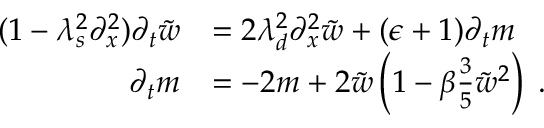
\begin{array} { r l } { ( 1 - \lambda _ { s } ^ { 2 } \partial _ { x } ^ { 2 } ) \partial _ { t } \tilde { w } } & { = 2 \lambda _ { d } ^ { 2 } \partial _ { x } ^ { 2 } \tilde { w } + ( \epsilon + 1 ) \partial _ { t } m } \\ { \partial _ { t } m } & { = - 2 m + 2 \tilde { w } \left( 1 - \beta \frac { 3 } { 5 } \tilde { w } ^ { 2 } \right) \; . } \end{array}